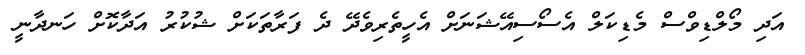
އަދި މޯލްޑިވްސް މެޑިކަލް އެސޯސިއޭޝަނަށް އެހީތެރިވެދޭ ދެ ފަރާތަކަށް ޝުކުރު އަދާކޮށް ހަނދާނީ